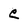
Character: c